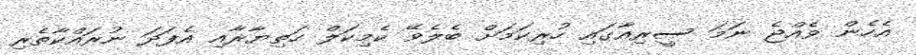
އެހެން ވެއްޖެ ނަމަ ސީރިއާގައި ހުރިކަމަށް ބެެލެވޭ ކެމިކަލް ހަތިޔާރާއި އެފަދަ ނުރައްކާތެރި